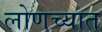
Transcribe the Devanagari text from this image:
लोणच्यात